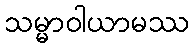
သမ္မာဝါယာမဿ